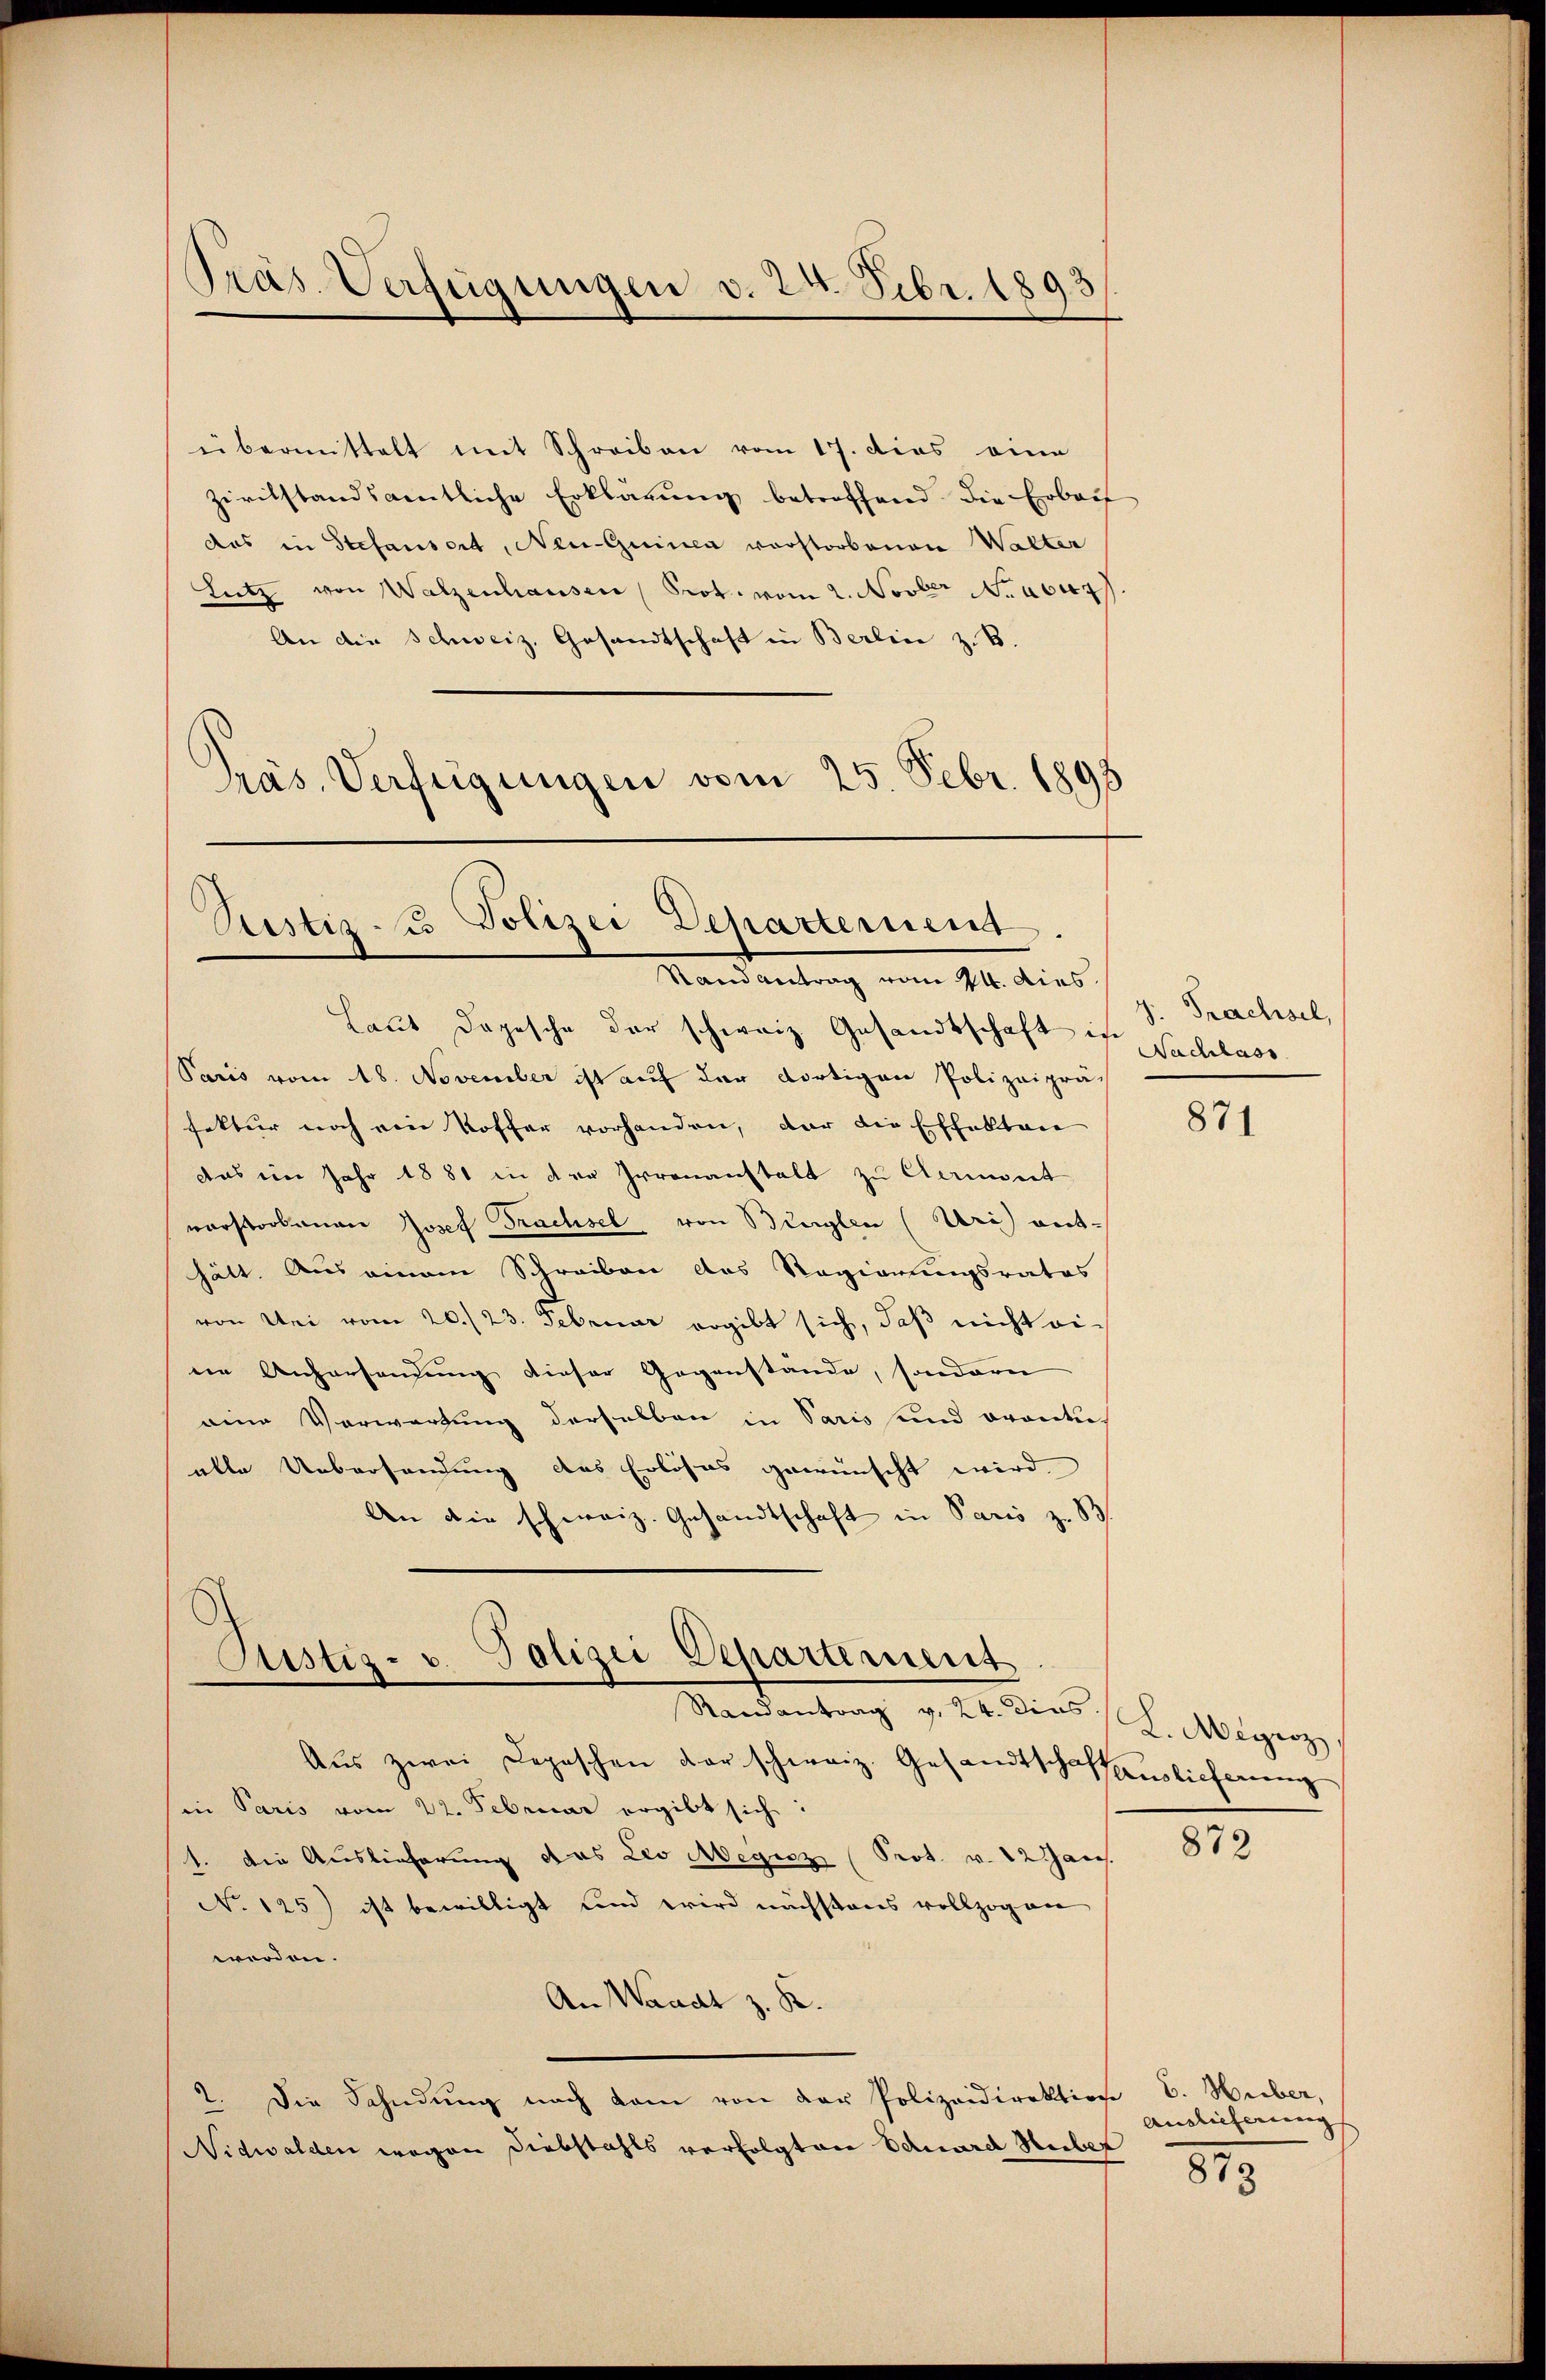
übermittelt mit Schreiben vom 17. dies eine
zivilstandsamtliche Erklärung betreffend die Erbeif
das in Stefansort, Neu-Guinen vorstorbenen Walter
Lutz von Walzenhausen Prot. vom 2. Novber Nr. 404.
An die Schweiz. Gesandtschaft in Berlin z. B.
Präs. Verfügungen vom 25. Febr. 1898

Prás-Verfügungen v. 24. Febr. 1893

Justiz - Polizei Dehartement
Mandantung vom 10. dies

Laut Depesche der schweiz. Gesandtschaft in S. Prachsel,
Paris vom 18. November ist auf der dortigen Polizeiprä-
sektur noch ein Koffer vorhanden, der die Effekten
das im Jahr 1881 in der Irrenanstalt zu ermont
vorstorbenen Josef Trachsel von Bürglen (Uri) ent-
hält. Aus einem Schreiben das Regierungsrates
von Sei vom 20./23. Februar ergibt sich, daß nicht ei-
eie Anhersendung dieser Gegenstande, sondern
eine Verwartung derselben in Paris und oranti-
alle Uebersandung des Erlöses gewünscht wird
An die schweiz. Gesandtschaft in Paris zu B
Justiz- u. Polizei Departement
Undantrag v. Mt. dies s. S. Magen,
Aŭs zwei Depeschen der schweiz. Gesandtschaffentlicherung
in Paris vom 22. Februar ergibt sich:
1. Die Auslieferung das Leo Megiz (Prot. v. 12 Jans.
No 125) ist bewilligt und wird nächstens vollzogen
worden.
An Waadt z. B.
2. Die Fahndŭng nach kam von der Polizeidirektion
Nidwalden wegen Diebstahls verfolgten Eduard Huber

Nachlass

871

872

E. Huber,
Auslicherung
819